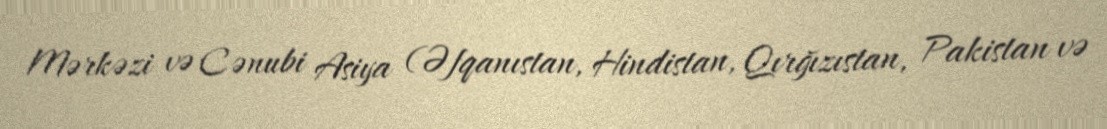
Mərkəzi və Cənubi Asiya (Əfqanıstan, Hindistan, Qırğızıstan, Pakistan və